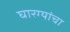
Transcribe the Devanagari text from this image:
घारग्यांचा